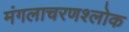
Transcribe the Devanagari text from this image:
मंगलाचरणश्लोक